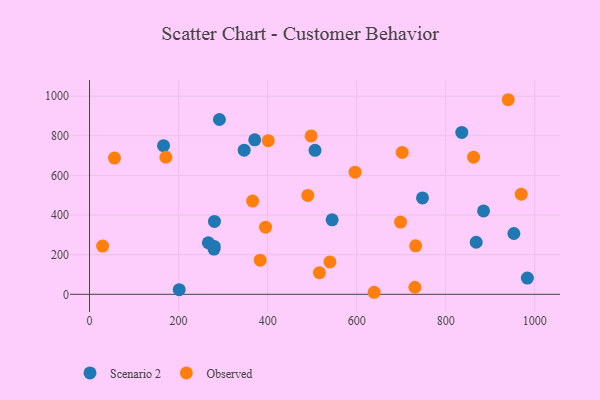
{"axis": {"x": "Study Hours", "y": "Exam Score"}, "legend": ["Observed", "Scenario 2"], "data": [{"x": "279.5", "y": 228.1, "type": "Scenario 2"}, {"x": "953.0", "y": 306.9, "type": "Scenario 2"}, {"x": "506.4", "y": 726.5, "type": "Scenario 2"}, {"x": "544.8", "y": 375.9, "type": "Scenario 2"}, {"x": "347.3", "y": 727.3, "type": "Scenario 2"}, {"x": "836.0", "y": 817.2, "type": "Scenario 2"}, {"x": "280.0", "y": 241.6, "type": "Scenario 2"}, {"x": "266.8", "y": 260.2, "type": "Scenario 2"}, {"x": "280.6", "y": 367.7, "type": "Scenario 2"}, {"x": "868.4", "y": 262.8, "type": "Scenario 2"}, {"x": "747.8", "y": 486.2, "type": "Scenario 2"}, {"x": "201.4", "y": 23.3, "type": "Scenario 2"}, {"x": "291.7", "y": 882.3, "type": "Scenario 2"}, {"x": "983.3", "y": 81.7, "type": "Scenario 2"}, {"x": "166.2", "y": 749.9, "type": "Scenario 2"}, {"x": "371.0", "y": 779.5, "type": "Scenario 2"}, {"x": "884.9", "y": 420.7, "type": "Scenario 2"}, {"x": "395.3", "y": 338.7, "type": "Observed"}, {"x": "490.2", "y": 499.1, "type": "Observed"}, {"x": "539.9", "y": 163.4, "type": "Observed"}, {"x": "56.0", "y": 687.7, "type": "Observed"}, {"x": "940.4", "y": 982.0, "type": "Observed"}, {"x": "862.5", "y": 691.8, "type": "Observed"}, {"x": "29.4", "y": 243.2, "type": "Observed"}, {"x": "732.4", "y": 244.7, "type": "Observed"}, {"x": "516.3", "y": 109.1, "type": "Observed"}, {"x": "171.5", "y": 691.6, "type": "Observed"}, {"x": "639.2", "y": 10.2, "type": "Observed"}, {"x": "698.5", "y": 364.6, "type": "Observed"}, {"x": "596.4", "y": 616.4, "type": "Observed"}, {"x": "702.2", "y": 716.1, "type": "Observed"}, {"x": "401.4", "y": 775.5, "type": "Observed"}, {"x": "730.8", "y": 35.5, "type": "Observed"}, {"x": "969.5", "y": 505.3, "type": "Observed"}, {"x": "383.3", "y": 172.2, "type": "Observed"}, {"x": "497.7", "y": 799.2, "type": "Observed"}, {"x": "366.3", "y": 470.5, "type": "Observed"}]}